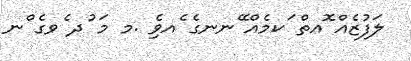
ލަފުޒެއް ޮއތް ަކމެއް ޭނނގެ ެއވެި .މ މަ ުދ ެވގެ ްނ